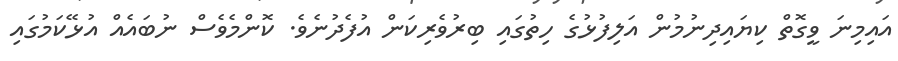
އައިމިނަ ވީގޮތް ކިޔައިދިނުމުން އަލިފުޅުގެ ހިތުގައި ބިރުވެރިކަން އުފެދުނެވެ. ކޮންމެވެސް ނުބައެއް އުޅޭކަމުގައި